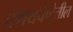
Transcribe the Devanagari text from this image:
प्रणयचेष्टेतील